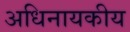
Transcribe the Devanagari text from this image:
अधिनायकीय